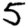
Digit: 5